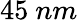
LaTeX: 45\ nm